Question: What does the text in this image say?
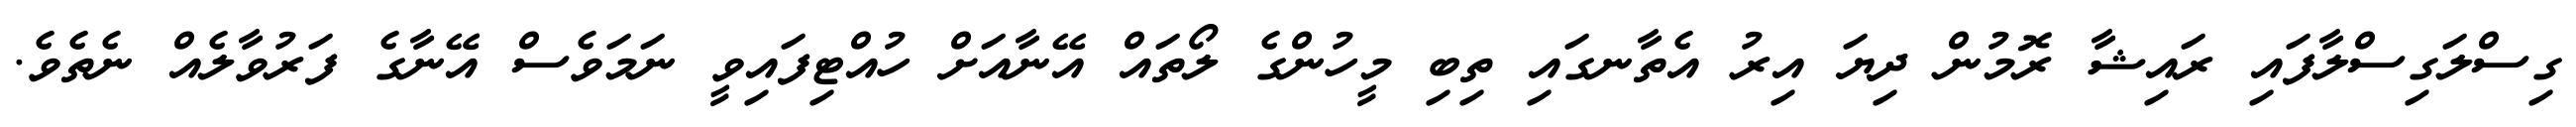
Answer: ގިސްލަގިސްލާފައި ރައިޝާ ރޮމުން ދިޔަ އިރު އެތާނގައި ތިބި މީހުންގެ ލޯތައް އޭނާއަށް ހުއްޓިފައިވީ ނަމަވެސް އޭނާގެ ފަރުވާލެއް ނެތެވެ.